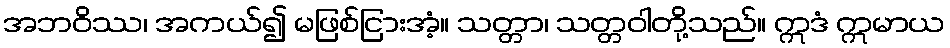
အဘဝိဿ၊ အကယ်၍ မဖြစ်ငြားအံ့။ သတ္တာ၊ သတ္တဝါတို့သည်။ ဣဒံ ဣမာယ